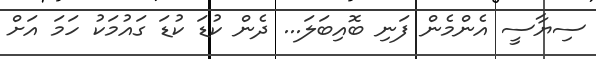
ސިޔާސީ އެންމެން ފަނި ބޮއިބަލަ... ދެން ކުޑަ ކުޑަ ގައުމަކު ހަމަ އަށް